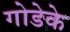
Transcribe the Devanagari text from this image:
गोडेके